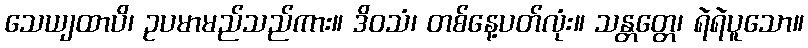
သေယျထာပိ၊ ဥပမာမည်သည်ကား။ ဒိဝသံ၊ တစ်နေ့ပတ်လုံး။ သန္တတ္တေ၊ ရဲရဲပူသော။